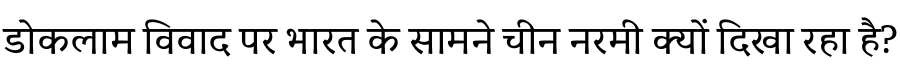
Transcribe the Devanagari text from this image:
डोकलाम विवाद पर भारत के सामने चीन नरमी क्यों दिखा रहा है?